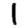
Digit: 1